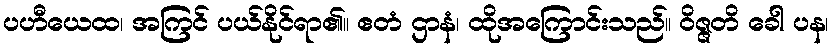
ပဟီယေထ၊ အကြင် ပယ်နိုင်ရာ၏။ ဧတံ ဌာနံ၊ ထိုအကြောင်းသည်။ ဝိဇ္ဇတိ ခေါ ပန၊